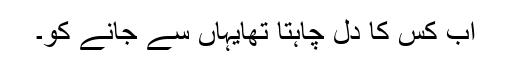
اب کس کا دل چاہتا تھایہاں سے جانے کو۔